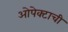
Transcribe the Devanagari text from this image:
ओपेक्टाची